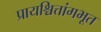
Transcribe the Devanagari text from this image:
प्रायश्चित्तांगभूत